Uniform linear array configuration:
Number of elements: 16
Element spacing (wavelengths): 0.75
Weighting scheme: kaiser
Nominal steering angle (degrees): -60
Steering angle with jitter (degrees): -58.914
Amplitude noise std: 0.05
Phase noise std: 0.05

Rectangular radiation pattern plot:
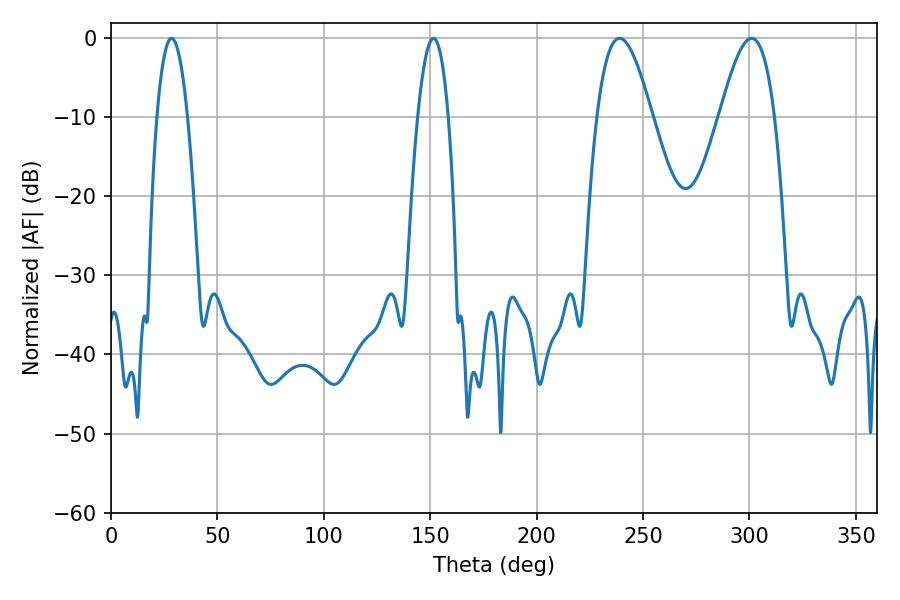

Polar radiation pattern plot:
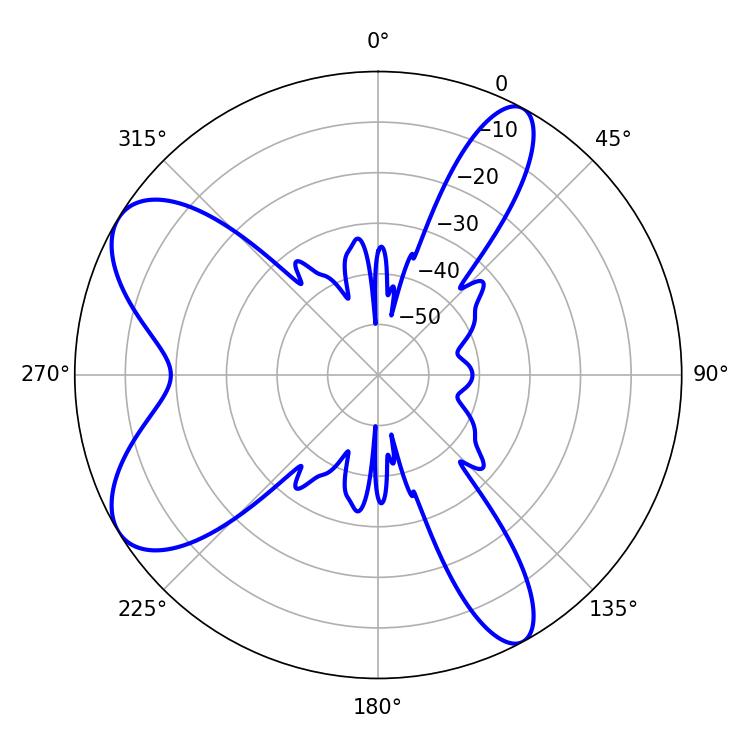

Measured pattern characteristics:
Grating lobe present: TRUE
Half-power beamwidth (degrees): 7.92
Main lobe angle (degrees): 28.44